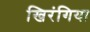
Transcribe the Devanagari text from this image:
खिरंगिया